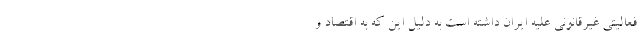
فعالیتی غیرقانونی علیه ایران داشته است به دلیل این که به اقتصاد و